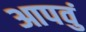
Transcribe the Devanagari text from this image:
आपवुं